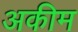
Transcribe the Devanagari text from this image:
अकीम